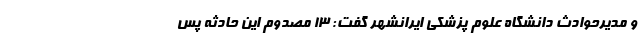
و مدیرحوادث دانشگاه علوم پزشکی ایرانشهر گفت: ۱۳ مصدوم این حادثه پس